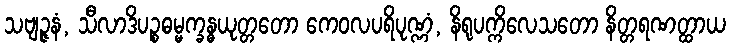
သဗျဉ္ဇနံ, သီလာဒိပဉ္စဓမ္မက္ခန္ဓယုတ္တတော ကေဝလပရိပုဏ္ဏံ, နိရုပက္ကိလေသတော နိတ္တရဏတ္ထာယ